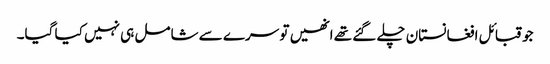
جو قبائل افغانستان چلے گئے تھے انھیں تو سرے سے شامل ہی نہیں کیا گیا۔